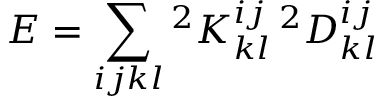
E = \sum _ { i j k l } { ^ { 2 } K _ { k l } ^ { i j } \, ^ { 2 } D _ { k l } ^ { i j } }